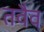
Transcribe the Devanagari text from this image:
तवैव